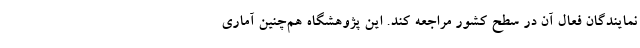
نمایندگان فعال آن در سطح کشور مراجعه کند. این پژوهشگاه هم‌چنین آماری